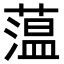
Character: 蕰